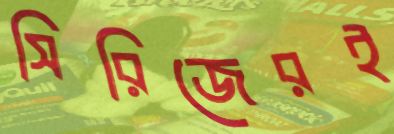
সিরিজেরই